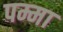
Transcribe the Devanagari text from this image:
पम्मा